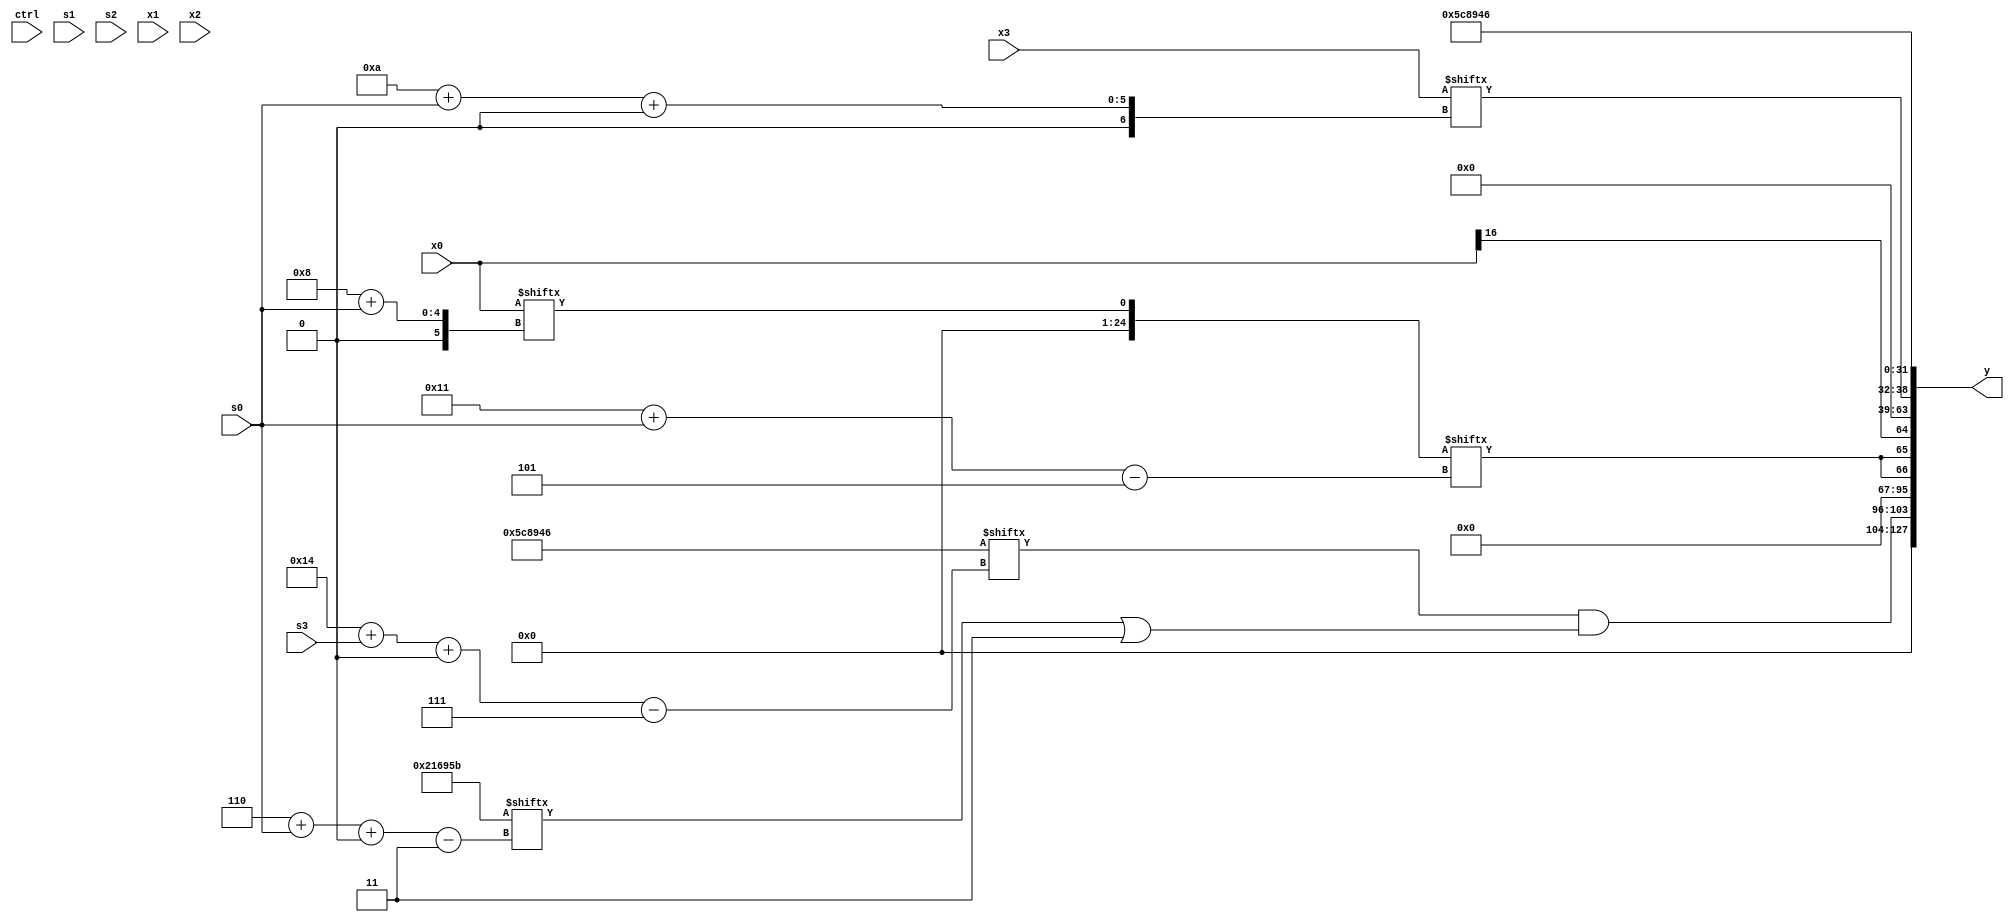
module partsel_00350(ctrl, s0, s1, s2, s3, x0, x1, x2, x3, y);
  input [3:0] ctrl;
  input [2:0] s0;
  input [2:0] s1;
  input [2:0] s2;
  input [2:0] s3;
  input signed [31:0] x0;
  input [31:0] x1;
  input signed [31:0] x2;
  input [31:0] x3;
  wire signed [29:5] x4;
  wire [30:2] x5;
  wire [29:6] x6;
  wire signed [4:29] x7;
  wire signed [4:29] x8;
  wire [30:6] x9;
  wire signed [29:0] x10;
  wire signed [26:3] x11;
  wire signed [30:2] x12;
  wire [5:31] x13;
  wire [24:3] x14;
  wire [0:28] x15;
  output [127:0] y;
  wire [31:0] y0;
  wire signed [31:0] y1;
  wire signed [31:0] y2;
  wire signed [31:0] y3;
  assign y = {y0,y1,y2,y3};
  localparam [7:26] p0 = 322857882;
  localparam signed [24:3] p1 = 111241563;
  localparam signed [4:26] p2 = 709532663;
  localparam [31:7] p3 = 240945478;
  assign x4 = x0[8 + s0];
  assign x5 = (p0[6 + s3 -: 8] | x2);
  assign x6 = {{2{({2{(!ctrl[1] && ctrl[2] && ctrl[1] ? x1[24 + s0 -: 3] : (p3[8 + s0 -: 8] & (p3 & p3[8])))}} - {(p1[25 + s1 +: 2] | x3[14 +: 1]), (x3 + p1[3 + s3 -: 8])})}}, (p1[11 + s3 +: 2] + x0[13])};
  assign x7 = ({p3[12 -: 1], x4[1 + s2 -: 6]} | (p3[18 +: 2] + {2{{(p0[13] | x0[20 + s2 -: 8]), p3}}}));
  assign x8 = p1;
  assign x9 = (ctrl[1] && !ctrl[1] || ctrl[2] ? p1[13 + s0] : (p2[11 +: 1] | {{2{p2[1 + s1 -: 4]}}, (p2[18 +: 2] & (p0[7 + s0] - p1))}));
  assign x10 = ({2{((!ctrl[3] || !ctrl[0] || ctrl[1] ? p0[20 + s2 -: 7] : (p1[7 + s0] - (p3[27 + s0 +: 7] | p1[4 + s2]))) + ({2{x3[11 + s2]}} & ((p1[4 + s3] - p0[18 -: 4]) ^ x0)))}} | p0[31 + s3 -: 1]);
  assign x11 = p2[23 -: 2];
  assign x12 = x1;
  assign x13 = (p1[13 + s1] + x0[17 + s3 +: 7]);
  assign x14 = {p0[31 + s0 -: 1], (({2{{2{p1}}}} ^ x6) & (((!ctrl[0] && !ctrl[0] && ctrl[1] ? p3[14 + s2] : p1[15 +: 1]) | (p0[14 +: 1] - p2[13 + s2])) - ((p2[7 + s0] - p3[17 -: 3]) | (p1[16 + s1] & p1[22 -: 1]))))};
  assign x15 = p1[4 + s3 -: 7];
  assign y0 = (p3[20 + s3 +: 8] & (p1[6 + s0 +: 6] | p2[16 +: 3]));
  assign y1 = {{2{x4[17 + s0]}}, x0[16]};
  assign y2 = x3[10 + s0 +: 7];
  assign y3 = (p2[16] | p3);
endmodule